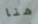
هنا